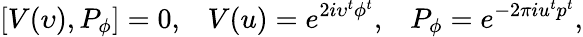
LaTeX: [V(\upsilon),P_{\phi}]=0,\; \; \; V(u)=e^{2i\upsilon^{t}\phi^{t}},\; \; \; P_{\phi}=e^{-2\pi iu^{t}p^{t}},